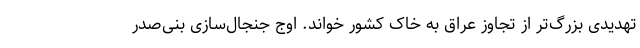
تهدیدی بزرگ‌تر از تجاوز عراق به خاک کشور خواند. اوج جنجال‌سازی بنی‌صدر